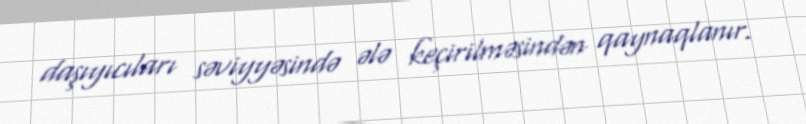
daşıyıcıları səviyyəsində ələ keçirilməsindən qaynaqlanır.